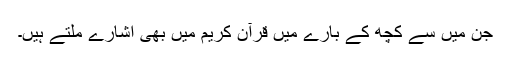
جن میں سے کچھ کے بارے میں قرآن کریم میں بھی اشارے ملتے ہیں۔